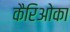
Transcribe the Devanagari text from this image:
कैरिओका